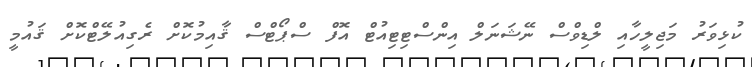
ކުޅިވަރު މަޖިލީހާއި ލްޑިވްސް ނޭޝަނަލް އިންސްޓިޓިއުޓް އޮފް ސްޕޯޓްސް ޤާއިމުކޮށް ރެގިއުލޭޓްކޮށް ޤައުމީ